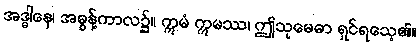
အဒ္ဓါနေ၊ အဓွန့်ကာလ၌။ ဣမံ ဣမဿ၊ ဤသုမေဓာ ရှင်ရသေ့၏။